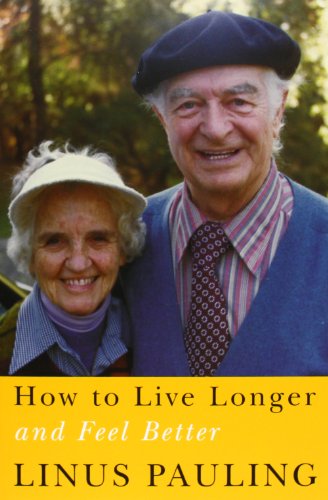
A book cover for How to Live Longer and Feel Better; Linus Pauling; Medical Books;